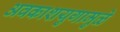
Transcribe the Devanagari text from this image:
अवकाशयुगामुळे